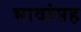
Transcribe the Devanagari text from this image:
भावांसह